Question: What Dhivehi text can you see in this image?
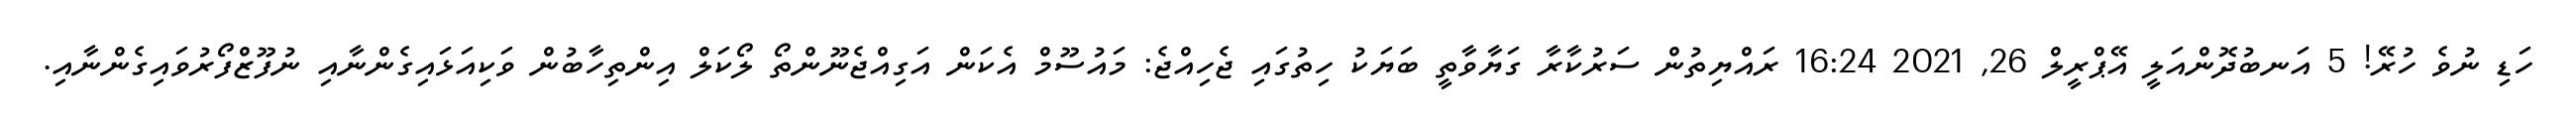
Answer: ހަޑި ނުވެ ހުރޭ! 5 އަނބުދޮންއަލީ އޭޕްރީލް 26, 2021 16:24 ރައްޔިތުން ސަރުކާރާ ގަޔާވާތީ ބަޔަކު ހިތުގައި ޖެހިއްޖެ: މައުސޫމް އެކަން އަގިއްޖެނޫންތޯ ލޯކަލް އިންތިހާބުން ވަކިއަޅައިގެންނާއި ނުފޫޒްފޯރުވައިގެންނާއި.